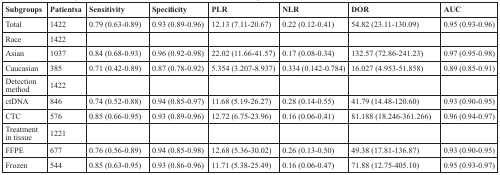
<table><thead><tr><td><b>Subgroups</b></td><td><b>Patientsa</b></td><td><b>Sensitivity</b></td><td><b>Specificity</b></td><td><b>PLR</b></td><td><b>NLR</b></td><td><b>DOR</b></td><td><b>AUC</b></td></tr></thead><tbody><tr><td>Total</td><td>1422</td><td>0.79 (0.63-0.89)</td><td>0.93 (0.89-0.96)</td><td>12.13 (7.11-20.67)</td><td>0.22 (0.12-0.41)</td><td>54.82 (23.11-130.09)</td><td>0.95 (0.93-0.96)</td></tr><tr><td>Race</td><td>1422</td><td></td><td></td><td></td><td></td><td></td><td></td></tr><tr><td>Asian</td><td>1037</td><td>0.84 (0.68-0.93)</td><td>0.96 (0.92-0.98)</td><td>22.02 (11.66-41.57)</td><td>0.17 (0.08-0.34)</td><td>132.57 (72.86-241.23)</td><td>0.97 (0.95-0.98)</td></tr><tr><td>Caucasian</td><td>385</td><td>0.71 (0.42-0.89)</td><td>0.87 (0.78-0.92)</td><td>5.354 (3.207-8.937)</td><td>0.334 (0.142-0.784)</td><td>16.027 (4.953-51.858)</td><td>0.89 (0.85-0.91)</td></tr><tr><td>Detection method</td><td>1422</td><td></td><td></td><td></td><td></td><td></td><td></td></tr><tr><td>ctDNA</td><td>846</td><td>0.74 (0.52-0.88)</td><td>0.94 (0.85-0.97)</td><td>11.68 (5.19-26.27)</td><td>0.28 (0.14-0.55)</td><td>41.79 (14.48-120.60)</td><td>0.93 (0.90-0.95)</td></tr><tr><td>CTC</td><td>576</td><td>0.85 (0.66-0.95)</td><td>0.93 (0.89-0.96)</td><td>12.72 (6.75-23.96)</td><td>0.16 (0.06-0.41)</td><td>81.188 (18.246-361.266)</td><td>0.96 (0.94-0.97)</td></tr><tr><td>Treatment in tissue</td><td>1221</td><td></td><td></td><td></td><td></td><td></td><td></td></tr><tr><td>FFPE</td><td>677</td><td>0.76 (0.56-0.89)</td><td>0.94 (0.85-0.98)</td><td>12.68 (5.36-30.02)</td><td>0.26 (0.13-0.50)</td><td>49.38 (17.81-136.87)</td><td>0.93 (0.90-0.95)</td></tr><tr><td>Frozen</td><td>544</td><td>0.85 (0.63-0.95)</td><td>0.93 (0.86-0.96)</td><td>11.71 (5.38-25.49)</td><td>0.16 (0.06-0.47)</td><td>71.88 (12.75-405.10)</td><td>0.95 (0.93-0.97)</td></tr></tbody></table>